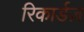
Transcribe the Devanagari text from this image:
रिकार्डज़